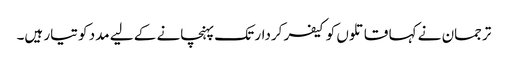
ترجمان نے کہا قاتلوں کو کیفر کردار تک پہنچانے کے لیے مدد کو تیار ہیں۔